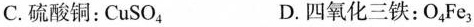
C.硫酸铜：CuSO_{4} D.四氧化三铁：O_{4}Fe_{3}